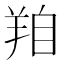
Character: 𦍾